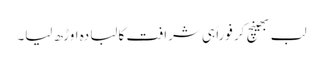
لب بھینچ کر فوراً ہی شرافت کا لبادہ اوڑھ لیا۔